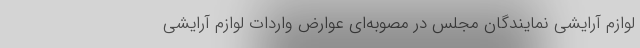
لوازم آرایشی نمایندگان مجلس در مصوبه‌ای عوارض واردات لوازم آرایشی